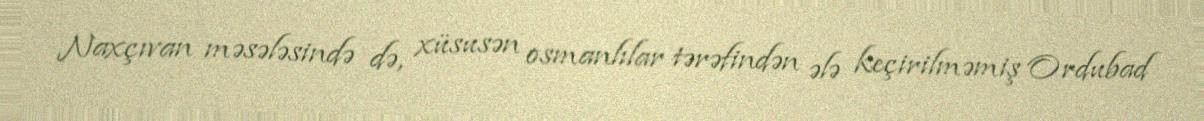
Naxçıvan məsələsində də, xüsusən osmanlılar tərəfindən ələ keçirilməmiş Ordubad